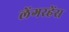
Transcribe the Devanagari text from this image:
लेंगरहेंस